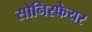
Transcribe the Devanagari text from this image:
सोनिस्फेयर